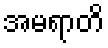
အမရာတိ